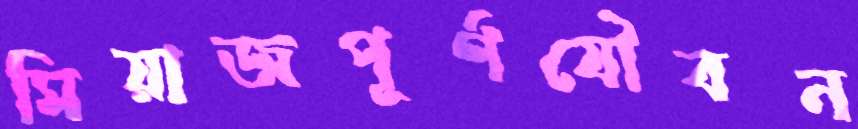
মিয়াজপূর্ণযৌবন